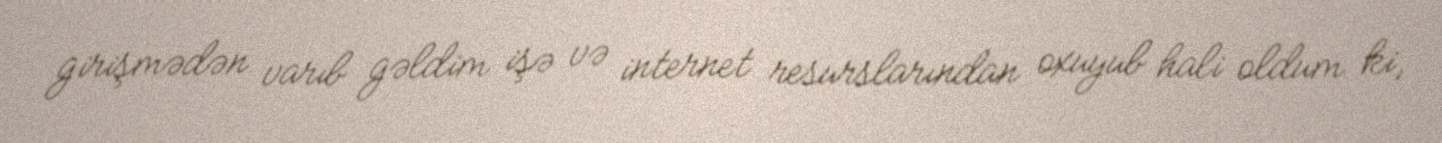
girişmədən varıb gəldim işə və internet resurslarından oxuyub hali oldum ki,